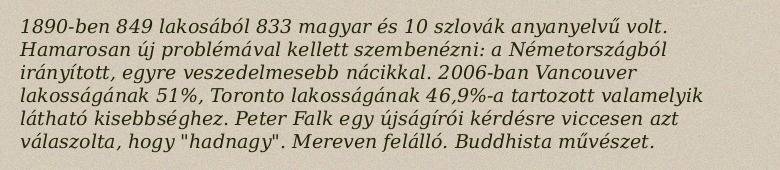
1890-ben 849 lakosából 833 magyar és 10 szlovák anyanyelvű volt. Hamarosan új problémával kellett szembenézni: a Németországból irányított, egyre veszedelmesebb nácikkal. 2006-ban Vancouver lakosságának 51%, Toronto lakosságának 46,9%-a tartozott valamelyik látható kisebbséghez. Peter Falk egy újságírói kérdésre viccesen azt válaszolta, hogy "hadnagy". Mereven felálló. Buddhista művészet.